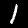
Label: 1